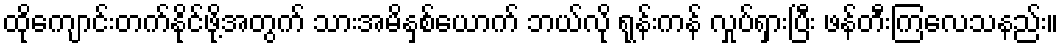
ထိုကျောင်းတက်နိုင်ဖို့အတွက် သားအမိနှစ်ယောက် ဘယ်လို ရုန်းကန် လှုပ်ရှားပြီး ဖန်တီးကြလေသနည်း။